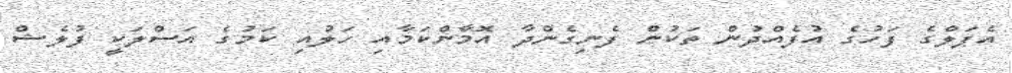
އެޕަލްގެ ފަހުގެ އުފެއްދުން ތަކުން ފެނިގެންދާ އޮމާންކަމާއި ހަލުއި ކަމުގެ އަސްލަކީ ފުލެޝް